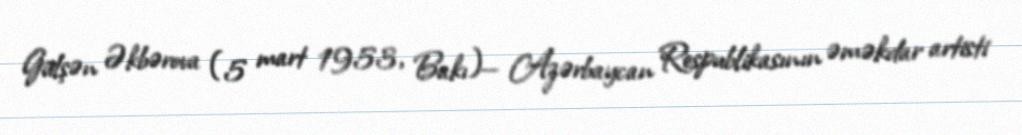
Gülşən Əkbərova (5 mart 1953, Bakı)— Azərbaycan Respublikasının əməkdar artisti